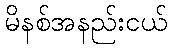
မိနစ်အနည်းငယ်